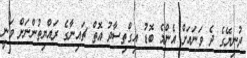
ދުނިޔޭގެ ދެ ވަނައަށް އެންމެ ބޮޑު އިގްތިސާދު އޮތް ޗައިނާގެ ރައްޔިތުންނަށް ވަނީ